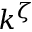
k ^ { \zeta }